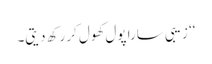
‘‘ زیبی سارا پول کھول کر رکھ دیتی۔